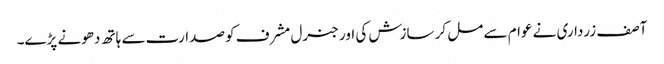
آصف زرداری نے عوام سے مل کر سازش کی اور جنرل مشرف کو صدارت سے ہاتھ دھونے پڑے۔